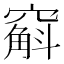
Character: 𫁚